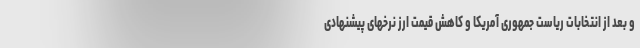
و بعد از انتخابات ریاست جمهوری آمریکا و کاهش قیمت ارز نرخهای پیشنهادی